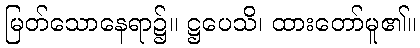
မြတ်သောနေရာ၌။ ဋ္ဌပေသိ၊ ထားတော်မူ၏။